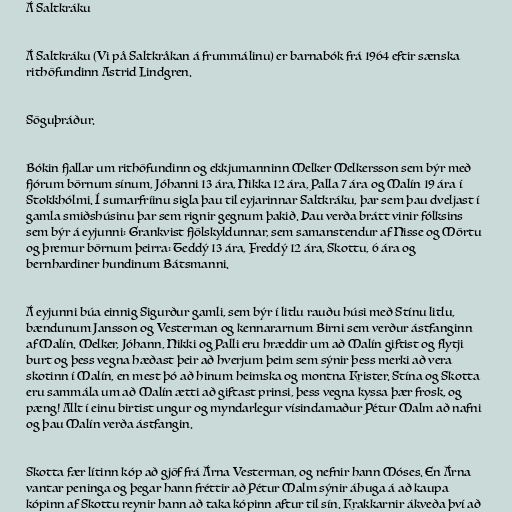
Á Saltkráku

Á Saltkráku (Vi på Saltkråkan á frummálinu) er barnabók frá 1964 eftir sænska
rithöfundinn Astrid Lindgren.

Söguþráður.

Bókin fjallar um rithöfundinn og ekkjumanninn Melker Melkersson sem býr með
fjórum börnum sínum, Jóhanni 13 ára, Nikka 12 ára, Palla 7 ára og Malín 19 ára í
Stokkhólmi. Í sumarfríinu sigla þau til eyjarinnar Saltkráku, þar sem þau dveljast í
gamla smiðshúsinu þar sem rignir gegnum þakið. Þau verða brátt vinir fólksins
sem býr á eyjunni: Grankvist fjölskyldunnar, sem samanstendur af Nisse og Mörtu
og þremur börnum þeirra: Teddý 13 ára, Freddý 12 ára, Skottu, 6 ára og
bernhardiner hundinum Bátsmanni.

Á eyjunni búa einnig Sigurður gamli, sem býr í litlu rauðu húsi með Stínu litlu,
bændunum Jansson og Vesterman og kennararnum Birni sem verður ástfanginn
af Malín. Melker, Jóhann, Nikki og Palli eru hræddir um að Malín giftist og flytji
burt og þess vegna hæðast þeir að hverjum þeim sem sýnir þess merki að vera
skotinn í Malín, en mest þó að hinum heimska og montna Krister. Stína og Skotta
eru sammála um að Malín ætti að giftast prinsi, þess vegna kyssa þær frosk, og
pæng! Allt í einu birtist ungur og myndarlegur vísindamaður Pétur Malm að nafni
og þau Malín verða ástfangin.

Skotta fær lítinn kóp að gjöf frá Árna Vesterman, og nefnir hann Móses. En Árna
vantar peninga og þegar hann fréttir að Pétur Malm sýnir áhuga á að kaupa
kópinn af Skottu reynir hann að taka kópinn aftur til sín. Krakkarnir ákveða því að